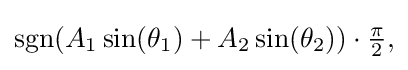
{\textstyle \operatorname {sgn} (A_{1}\sin(\theta _{1})+A_{2}\sin(\theta _{2}))\cdot {\frac {\pi }{2}},}